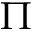
\Pi